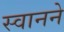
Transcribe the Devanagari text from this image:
स्वानने